Report of the Bombay Plague Committee
Disease focus: Plague
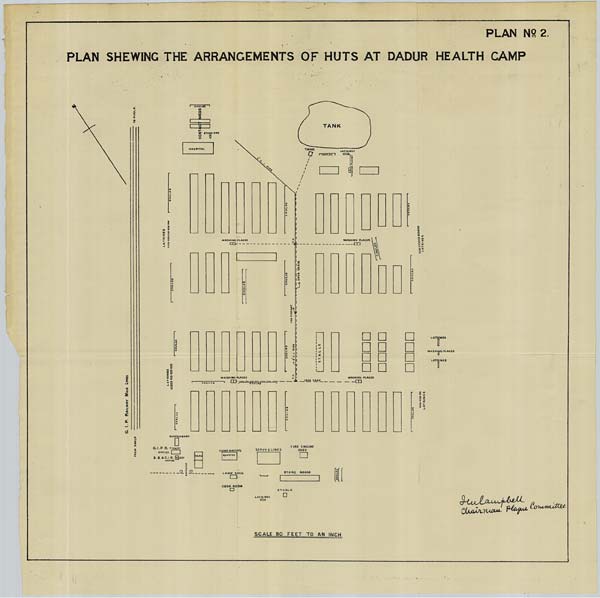
PLAN No: 2.
PLAN SHEWING THE ARRANGEMENTS OF HUTS AT DADUR HEALTH CAMP
SCALE 80 FEET TO AN INCH